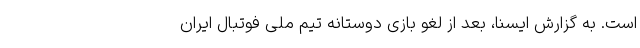
است. به گزارش ایسنا، بعد از لغو بازی دوستانه تیم ملی فوتبال ایران